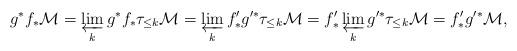
LaTeX: \begin{align*}g^* f_* \mathcal M = \varprojlim_k g^* f_* \tau_{\le k} \mathcal M = \varprojlim_k f'_* g'^* \tau_{\le k} \mathcal M = f'_* \varprojlim_k g'^* \tau_{\le k} \mathcal M = f'_* g'^* \mathcal M,\end{align*}